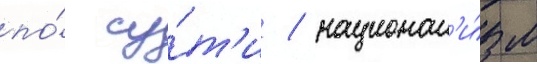
по́ су́т'и / национал'и́зм